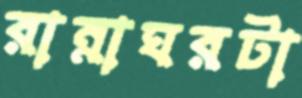
রান্নাঘরটা